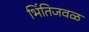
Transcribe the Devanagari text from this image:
भिंतिजवळ